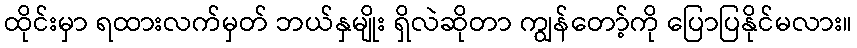
ထိုင်းမှာ ရထားလက်မှတ် ဘယ်နှမျိုး ရှိလဲဆိုတာ ကျွန်တော့်ကို ပြောပြနိုင်မလား။